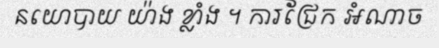
នយោបាយ យ៉ាង ខ្លាំង ។ ការជ្រែក អំណាច